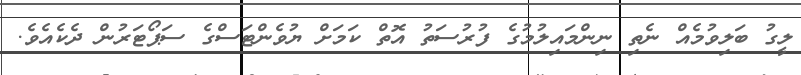
ލީގު ބަލިވުމެއް ނެތި ނިންމައިލުމުގެ ފުރުސަތު އޮތް ކަމަށް ޔުވެންޓަސްގެ ސަޕޯޓަރުން ދެކެއެވެ.